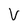
Character: V